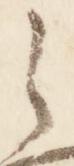
之